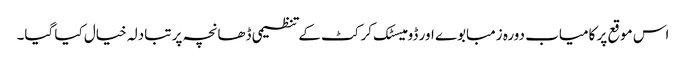
اس موقع پر کامیاب دورہ زمبابوے اور ڈومیسٹک کرکٹ کے تنظیمی ڈھانچہ پر تبادلہ خیال کیا گیا۔